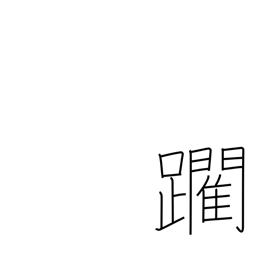
Meaning: edge forward